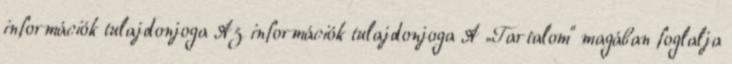
információk tulajdonjoga Az információk tulajdonjoga A „Tartalom” magában foglalja